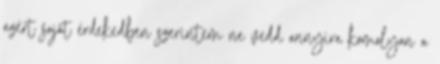
azért saját érdekedben szerintem ne vedd annyira komolyan a